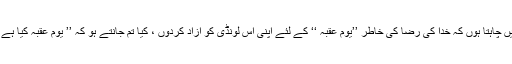
میں چاہتا ہوں کہ خدا کی رضا کی خاطر ’’یوم عقبہ ‘‘ کے لئے اپنی اس لونڈی کو آزاد کردوں ، کیا تم جانتے ہو کہ ’’ یوم عقبہ کیا ہے ؟